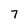
Character: 7